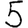
Digit: 5